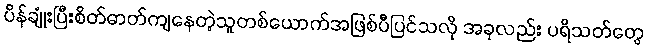
ပိန်ချုံးပြီးစိတ်ဓာတ်ကျနေတဲ့သူတစ်ယောက်အဖြစ်ပီပြင်သလို အခုလည်း ပရိသတ်တွေ